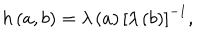
LaTeX: h \left( a , b \right) = \lambda \left( a \right) \left[ \lambda \left( b \right) \right] ^ { - 1 } ,